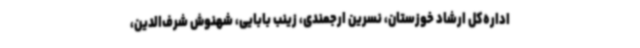
اداره‌کل ارشاد خوزستان، نسرین ارجمندی، زینب بابایی، شهنوش شرف‌الدین،